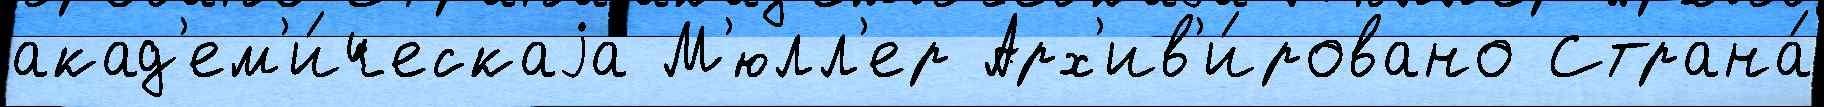
акад'ем'и́ческаjа М'юлл'ер Арх'ив'и́ровано Страна́